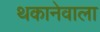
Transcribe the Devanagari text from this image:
थकानेवाला